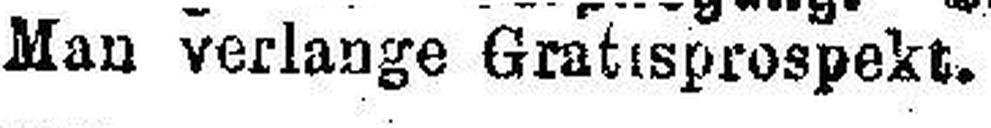
Man verlange Gratisprospekt.